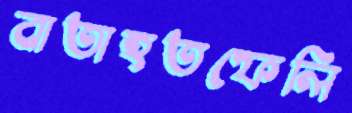
বাতাহতফেলি